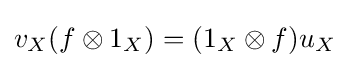
v_{X}(f\otimes 1_{X})=(1_{X}\otimes f)u_{X}